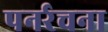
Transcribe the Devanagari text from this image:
पनर्रचना